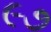
૯૭